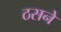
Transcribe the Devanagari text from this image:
ठसने